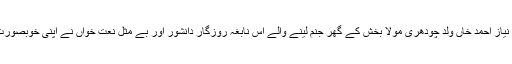
1940ع کو ھندوستان کے شہر ہوشیار پور کے ایک گاؤں شاہ پور میں رانا نیاز احمد خاں ولد چودھری مولا بخش کے گھر جنم لینے والے اس نابغہ روزگار دانشور اور بے مثل نعت خواں نے اپنی خوبصورت آواز اور لحن داؤدی کی بدولت اپنے شہر اور علاقہ میں اپنی ڈھاک بٹھائی ۔